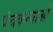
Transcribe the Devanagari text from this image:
पंचकन्याओं